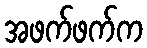
အဖက်ဖက်က